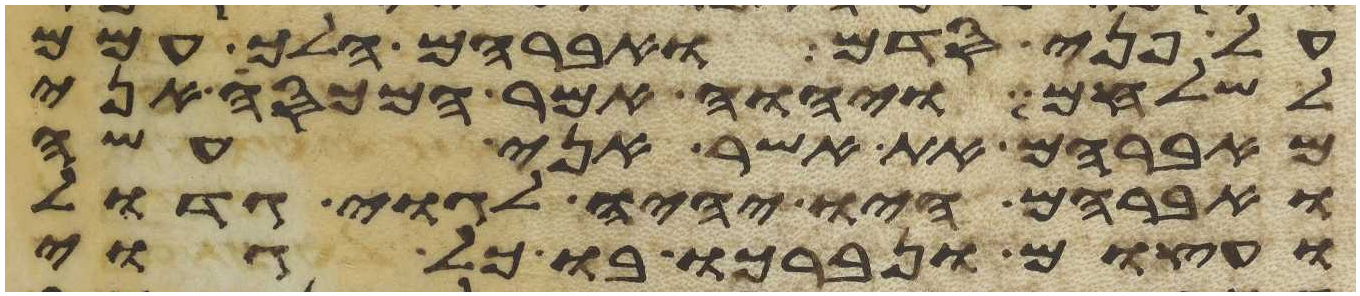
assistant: על פני סדם ואברהם הלך עמם
לשלחם ויהוה אמר המכסה אני
מאברהם את אשר אני עשה
ואברהם היו יהיה לגוי גדול
ועצום ונברכו בו כל גוי